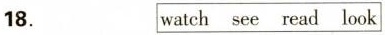
18. watch see read look